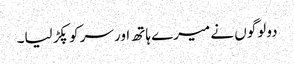
دو لوگوں نے میرے ہاتھ اور سر کو پکڑ لیا۔